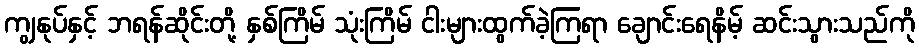
ကျွနုပ်နှင့် ဘရန်ဆိုင်းတို့ နှစ်ကြိမ် သုံးကြိမ် ငါးများထွက်ခဲ့ကြရာ ချောင်းရေနိမ့် ဆင်းသွားသည်ကို